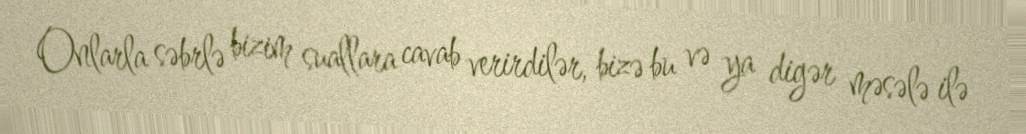
Onlarla səbrlə bizim suallara cavab verirdilər, bizə bu və ya digər məsələ ilə